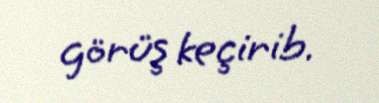
görüş keçirib.